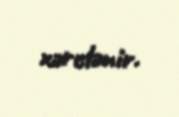
xərclənir.